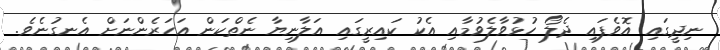
ނިދީގައި އޮވެފައި ދެލޯ ހުޅުވާލެވުމާއި އެކު ކައިރީގައި އަލާނިޔާ ނެތްކަން އަހަރެންނަށް އެނގުނެވެ.